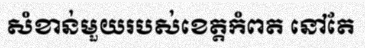
សំខាន់មួយរបស់ខេត្តកំពត នៅតែ